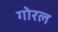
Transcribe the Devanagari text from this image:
गोरल